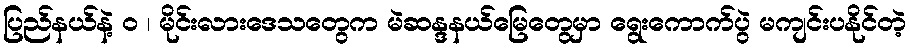
ပြည်နယ်နဲ့ ဝ ၊ မိုင်းလားဒေသတွေက မဲဆန္ဒနယ်မြေတွေမှာ ရွေးကောက်ပွဲ မကျင်းပနိုင်တဲ့